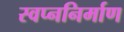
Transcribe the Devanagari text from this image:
स्वप्ननिर्माण